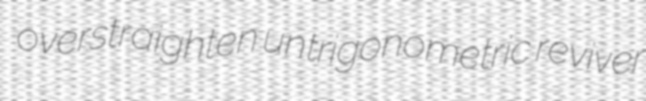
overstraighten untrigonometric reviver